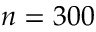
n = 3 0 0